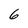
Character: 6